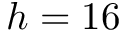
h = 1 6